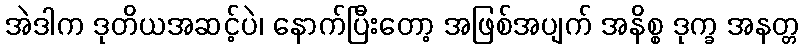
အဲဒါက ဒုတိယအဆင့်ပဲ၊ နောက်ပြီးတော့ အဖြစ်အပျက် အနိစ္စ ဒုက္ခ အနတ္တ